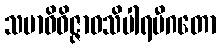
သမာဓိဝိဇ္ဇာဝသိပါရမီဂတော